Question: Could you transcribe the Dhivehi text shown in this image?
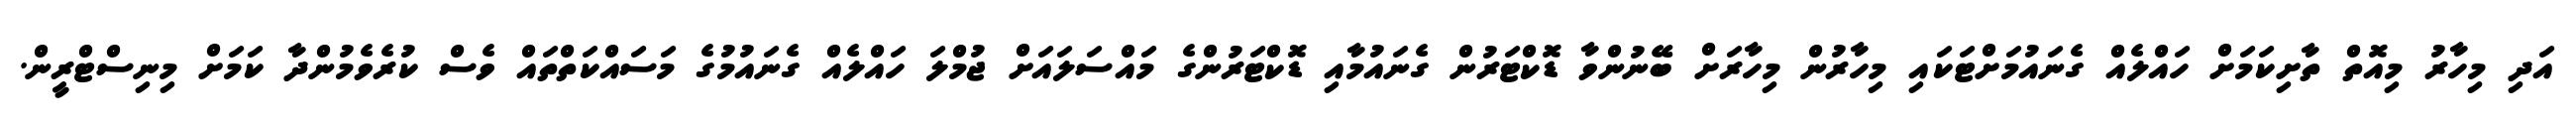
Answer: އަދި މިހާރު މިއޮތް ތާށިކަމަށް ހައްލެއް ގެނައުމަށްޓަކައި މިހާރުން މިހާރަށް ބޭނުންވާ ޑޮކްޓަރުން ގެނައުމާއި ޑޮކްޓަރުންގެ މައްސަލައަށް ޖުމްލަ ހައްލެއް ގެނައުމުގެ މަސައްކަތްތައް ވެސް ކުރެވެމުންދާ ކަމަށް މިނިސްޓްރީން.